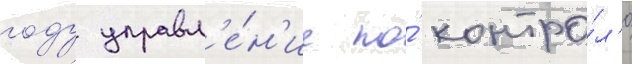
году управл'е́н'ие по́ контро́л'ю